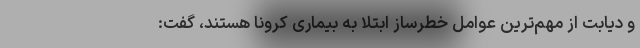
و دیابت از مهم‌ترین عوامل خطرساز ابتلا به بیماری کرونا هستند، گفت: